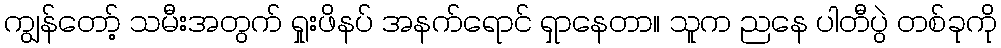
ကျွန်တော့် သမီးအတွက် ရှုးဖိနပ် အနက်ရောင် ရှာနေတာ။ သူက ညနေ ပါတီပွဲ တစ်ခုကို